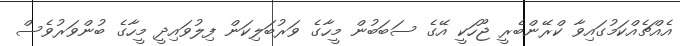
އެއްޗެއްކަމުގައިވާ ކްރޭންބެރީ ޖޫހަކީ އޭގެ ސަބަބުން މީހާގެ ވަރުބަލިކަން ފިލުވައިދީ މީހާގެ ބުންވަރުވެސް